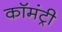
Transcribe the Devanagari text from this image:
कॉमंट्री